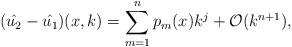
LaTeX: \begin{align*}(\hat{u_2}-\hat{u_1})(x,k)=\sum \limits_{m=1}^{n}p_m(x)k^{j}+\mathcal{O}(k^{n+1}),\end{align*}